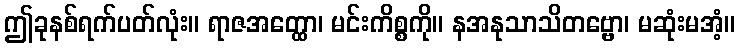
ဤခုနစ်ရက်ပတ်လုံး။ ရာဇအတ္ထော၊ မင်းကိစ္စကို။ နအနုသာသိတဗ္ဗော၊ မဆုံးမအံ့။